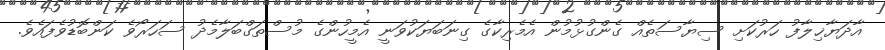
އާދަޔާޚިލާފު ހަރުކަށި ސިޔާސަތެއް ގެންގުޅުމުން އެމެރިކާގެ ގިނަބަޔަކުވަނީ އެމީހުންގެ މުސްތަގްބަލާމެދު ސަހަރޯވެ ކަންބޮޑުވެފައެވެ.